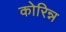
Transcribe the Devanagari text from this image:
कोरिन्न